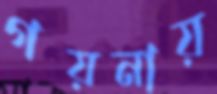
গয়নায়